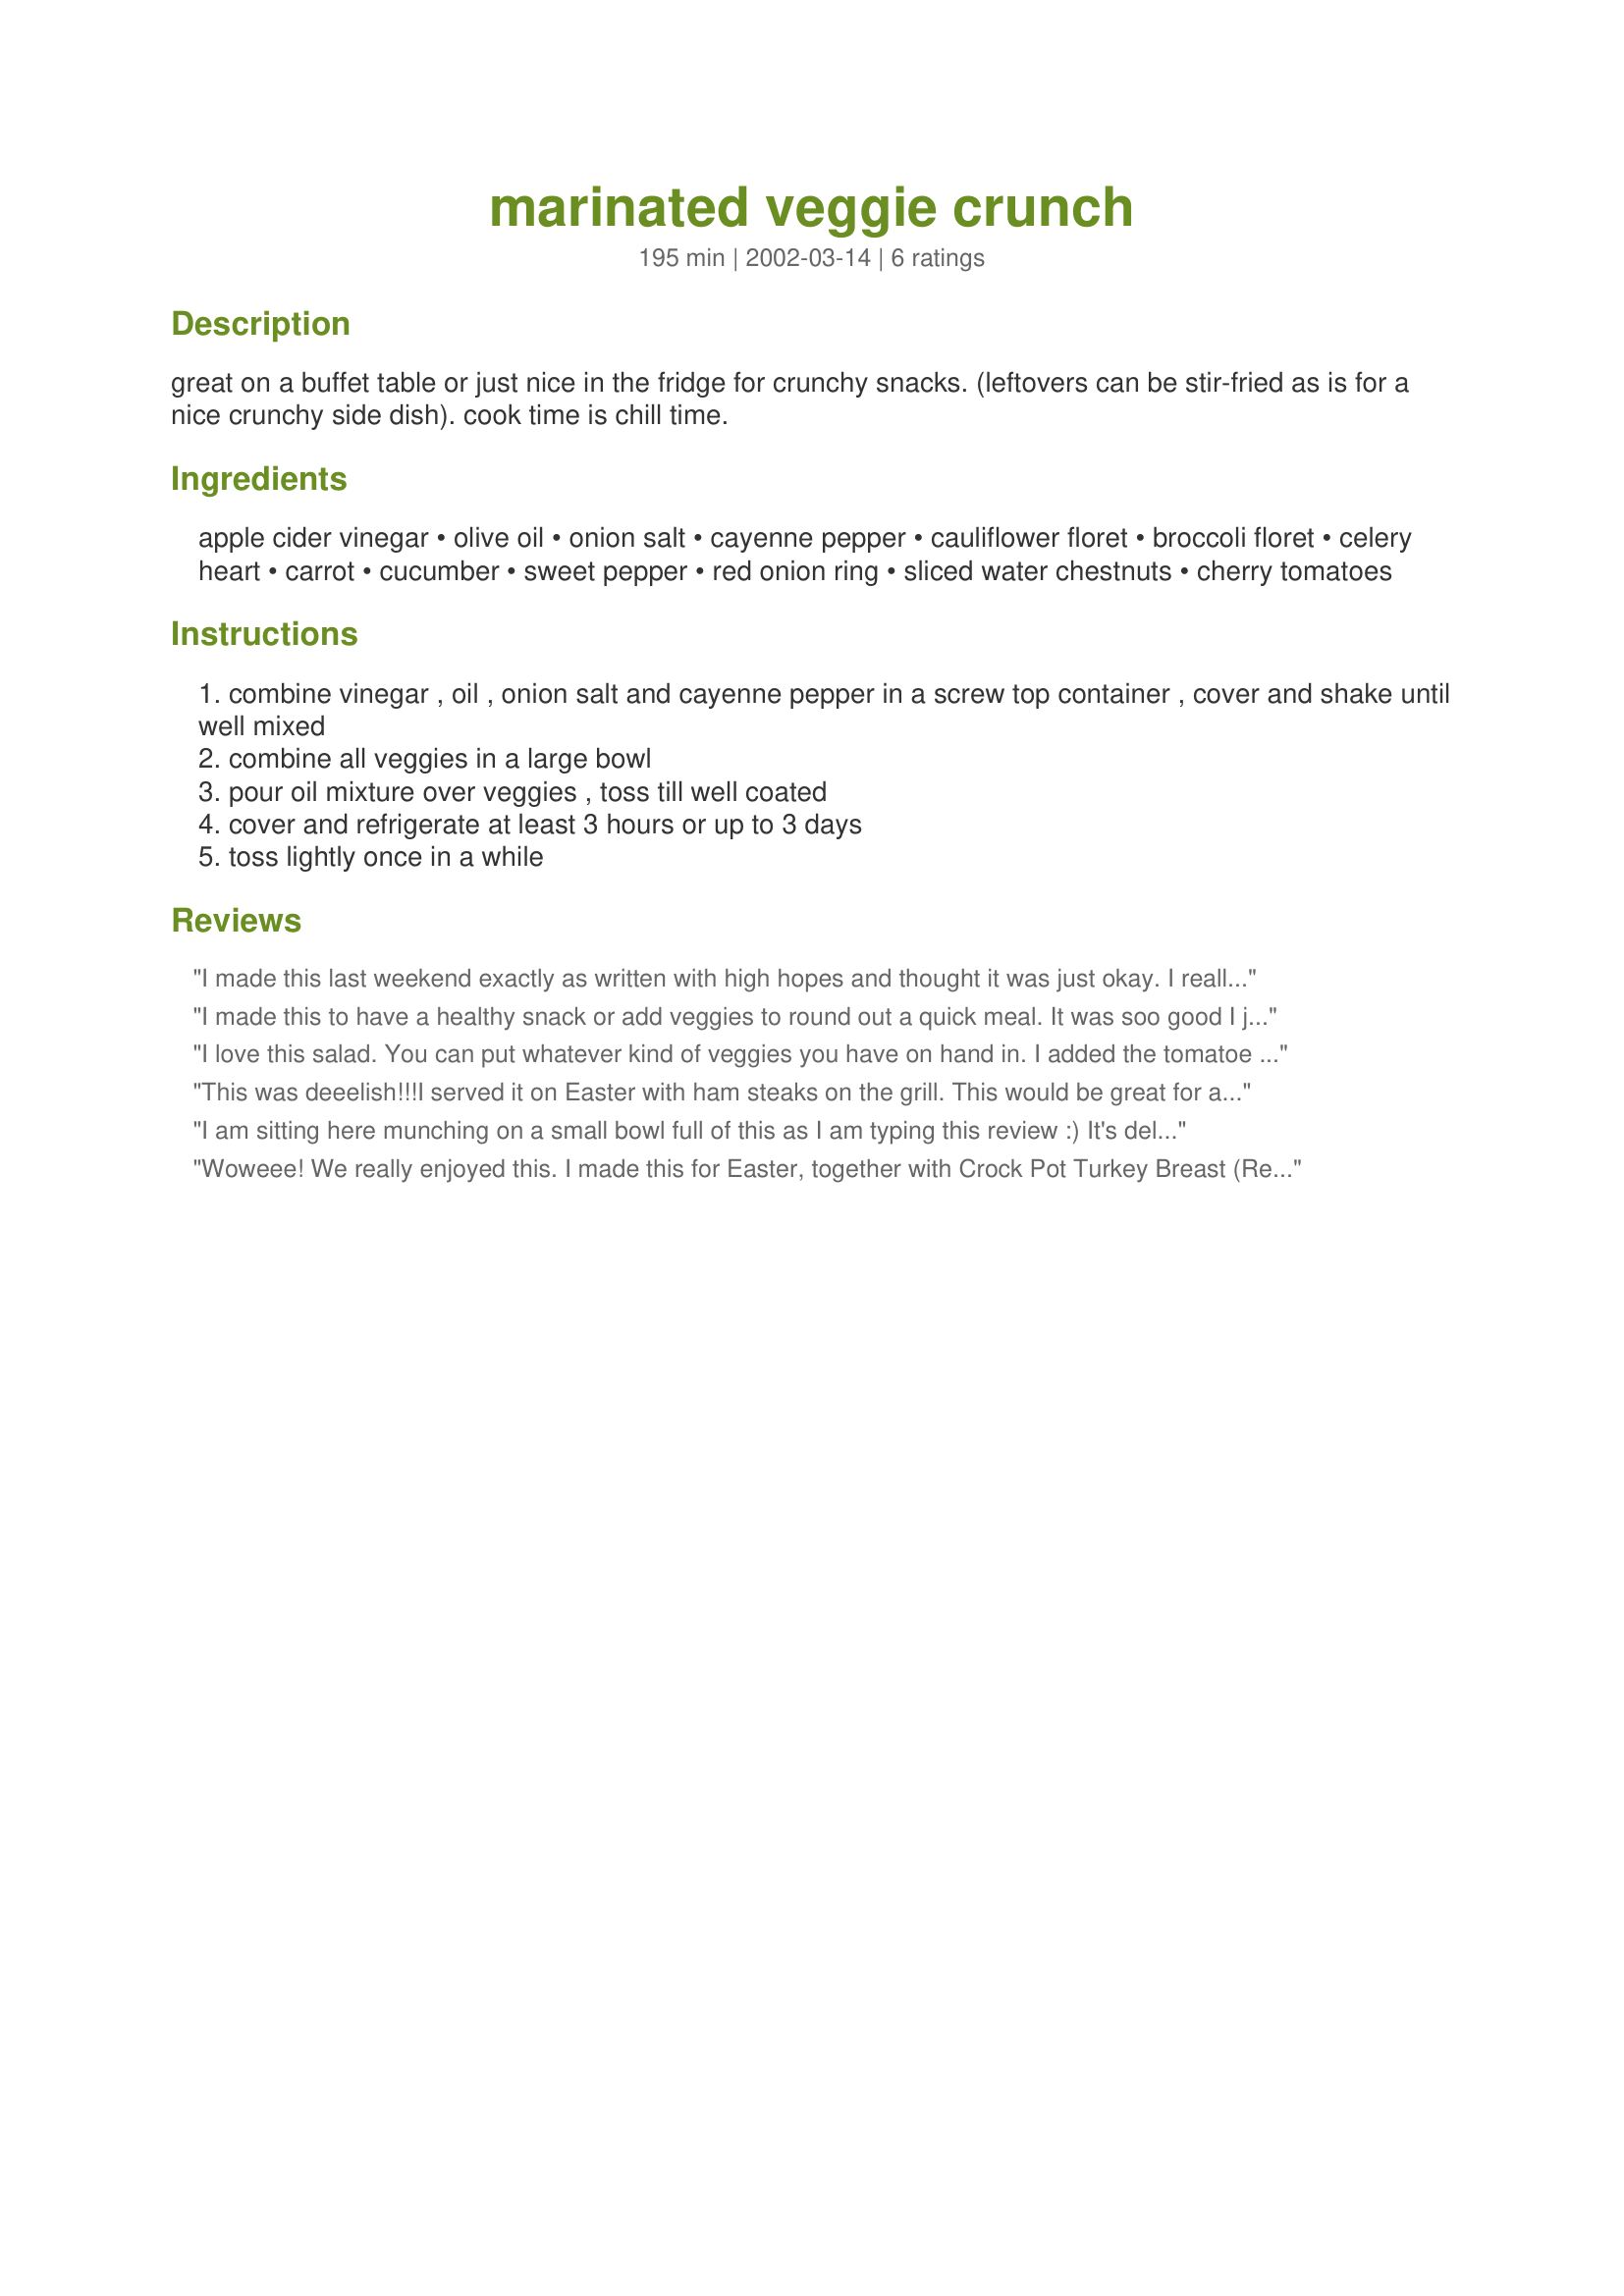
marinated veggie crunch
Preparation time: 195 minutes

great on a buffet table or just nice in the fridge for crunchy snacks. (leftovers can be stir-fried as is for a nice crunchy side dish). cook time is chill time.

Ingredients:
apple cider vinegar, olive oil, onion salt, cayenne pepper, cauliflower floret, broccoli floret, celery heart, carrot, cucumber, sweet pepper, red onion ring, sliced water chestnuts, cherry tomatoes

Steps:
combine vinegar , oil , onion salt and cayenne pepper in a screw top container , cover and shake until well mixed
combine all veggies in a large bowl
pour oil mixture over veggies , toss till well coated
cover and refrigerate at least 3 hours or up to 3 days
toss lightly once in a while

Reviews:
I made this last weekend exactly as written with high hopes and thought it was just okay. I really wanted to love it and was planning on bringing it to our Easter dinner, but will bring something else instead after trying this recipe. The dressing was good, maybe I just didn't like the combination of veggies.
I made this to have a healthy snack or add veggies to round out a quick meal. It was soo good I just tripled the recipe! As a newly diagnosed diabetic, I came upon this recipe and glad I did, makes things a little easier right now. The addition of the red pepper is great for my metabolism as I am also on a mission to lose weight, which that will help! I put whatever fresh veggies I had that needed to b used. So added some mushrooms, chopped asparagus, fresh green beans also, yummy pick me up! Thank you!
I love this salad. You can put whatever kind of veggies you have on hand in. I added the tomatoe (I didn't have cherry, just used sliced) as I would eat each serving. This made the salad "keep" longer. Thank you for the recipe. This is a keeper!
This was deeelish!!!I served it on Easter with ham steaks on the grill. This would be great for a potluck, I highly recommend you try this you can use whatever veggies you like.I included snap peas and they were perfect.
I am sitting here munching on a small bowl full of this as I am typing this review :) It's delicious! I added some water chestnuts and some mushrooms and a couple shakes of greek seasoning. Let set in ref. as stated and YUM! the results are delicious. Great to snack on and to have as a side dish to baked chicken or whatever meat you like. This is a keeper and one I am sure I will make alot. Thanks for sharing the recipe Derf!
Woweee! We really enjoyed this. I made this for Easter, together with Crock Pot Turkey Breast (Recipe # 25518) and some mashed potatoes, with hot cross buns. Very tasty, and we liked the little kick from the pepper in the dressing. I added green beans and asparagus because they represent spring to me. Used red and yellow sweet peppers. Now I made these again, and we ate them without any time marinating. Delicious this time, too. Thanks, Derf!
